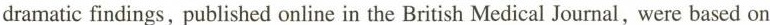
dramatic findings, published online in the British Medical Journal, were based on